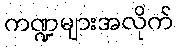
ကဏ္ဍများအလိုက်